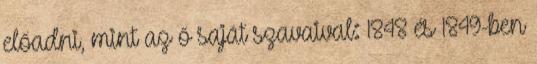
előadni, mint az ő saját szavaival: 1848 és 1849-ben